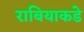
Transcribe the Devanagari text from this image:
राबियाकडे